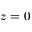
z = 0